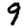
Digit: 9